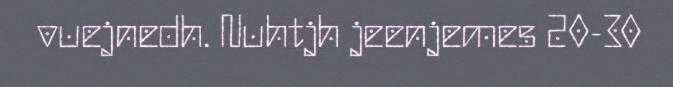
vuejnedh. Nuhtjh jeenjemes 20-30